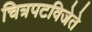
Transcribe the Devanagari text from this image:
चित्रपटविजेते